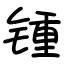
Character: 锺